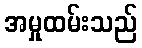
အမှုထမ်းသည်